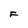
Character: F